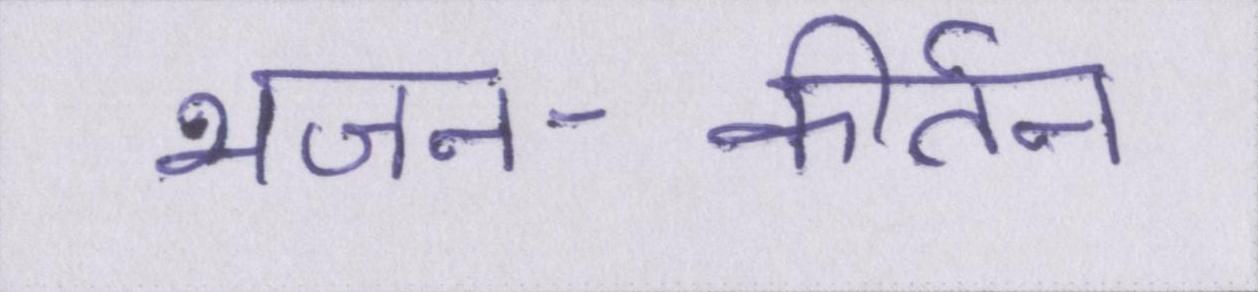
भजन-कीर्तन